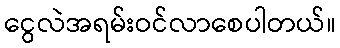
ငွေလဲအရမ်းဝင်လာစေပါတယ်။